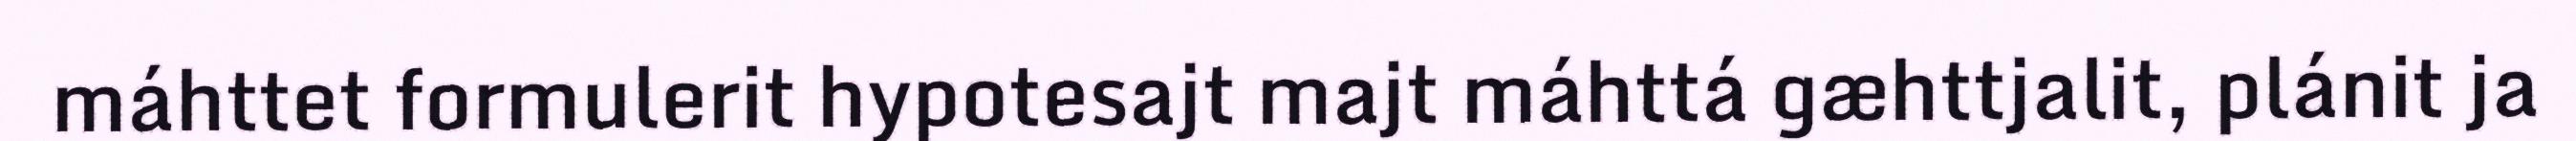
máhttet formulerit hypotesajt majt máhttá gæhttjalit, plánit ja